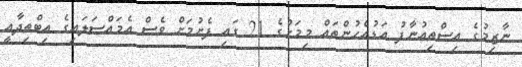
ނާޒިމުގެ އިސްތިއުނާފު އަޑުއެހުންތައް މިމަހުގެ 21 ގައި ފެށުމަށް ވެސް އެމައްސަލައިގެ އިބްތިދާއީ